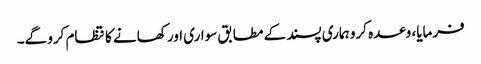
فرمایا، وعدہ کرو ہماری پسند کے مطابق سواری اور کھانے کا نتظام کرو گے۔